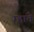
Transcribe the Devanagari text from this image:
म्हाते